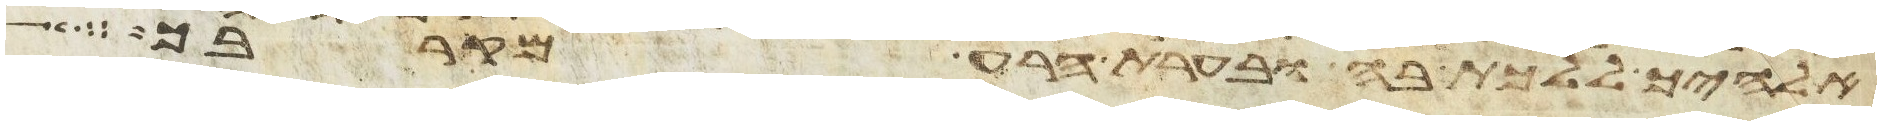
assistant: אלהיך ללכת בה ובערת הרע מקרבך